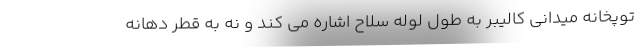
توپخانه میدانی کالیبر به طول لوله سلاح اشاره می کند و نه به قطر دهانه